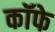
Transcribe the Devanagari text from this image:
कॉफे